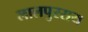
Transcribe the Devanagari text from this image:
लालपुरराय